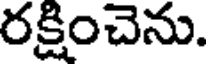
రక్షించెను.